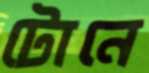
টোনে